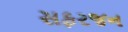
સફરજન